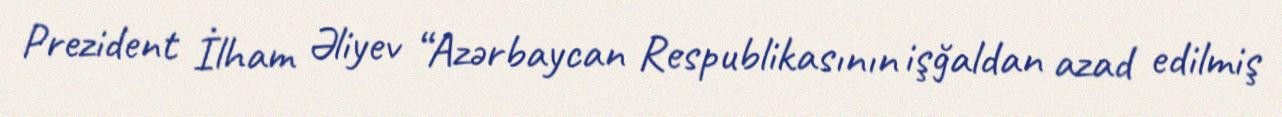
Prezident İlham Əliyev “Azərbaycan Respublikasının işğaldan azad edilmiş